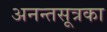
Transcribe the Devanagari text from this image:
अनन्तसूत्रका